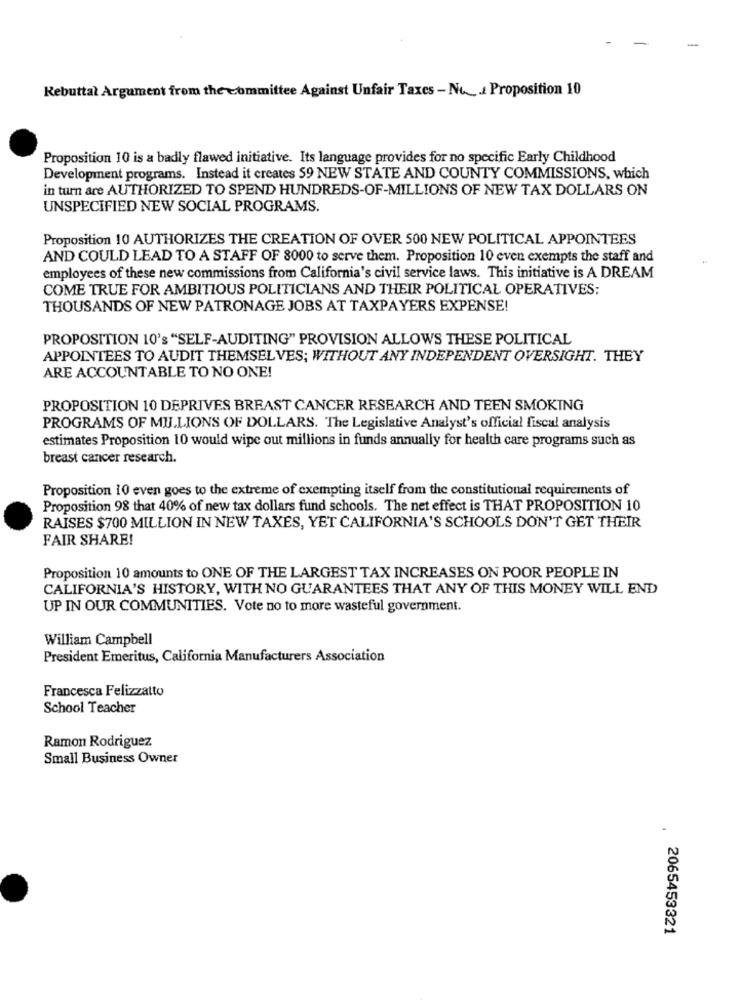
Rebuttal Argument from the committee Against Unfair Taxes - No. .. Proposition 10
Proposition 10 is a badly flawed initiative. Its language provides for no specific Early Childhood
Development programs. Instead it creates 59 NEW STATE AND COUNTY COMMISSIONS, which
in turn are AUTHORIZED TO SPEND HUNDREDS-OF-MILLIONS OF NEW TAX DOLLARS ON
UNSPECIFIED NEW SOCIAL PROGRAMS.
Proposition 10 AUTHORIZES THE CREATION OF OVER 500 NEW POLITICAL APPOINTEES
AND COULD LEAD TO A STAFF OF 8000 to serve them. Proposition 10 even exempts the staff and
employees of these new commissions from California's civil service laws. This initiative is A DREAM
COME TRUE FOR AMBITIOUS POLITICIANS AND THEIR POLITICAL OPERATIVES:
THOUSANDS OF NEW PATRONAGE JOBS AT TAXPAYERS EXPENSE!
PROPOSITION 10's "SELF-AUDITING" PROVISION ALLOWS THESE POLITICAL
APPOINTEES TO AUDIT THEMSELVES; WITHOUT ANY INDEPENDENT OVERSIGHT. THEY
ARE ACCOUNTABLE TO NO ONE!
PROPOSITION 10 DEPRIVES BREAST CANCER RESEARCH AND TEEN SMOKING
PROGRAMS OF MILLIONS OF DOLLARS. The Legislative Analyst's official fiscal analysis
estimates Proposition 10 would wipe out millions in funds annually for health care programs such as
breast cancer research.
Proposition 10 even goes to the extreme of exempting itself from the constitutional requirements of
Proposition 98 that 40% of new tax dollars fund schools. The net effect is THAT PROPOSITION 10
RAISES $700 MILLION IN NEW TAXES, YET CALIFORNIA'S SCHOOLS DON'T GET THEIR
FAIR SHARE!
Proposition 10 amounts to ONE OF THE LARGEST TAX INCREASES ON POOR PEOPLE IN
CALIFORNIA'S HISTORY, WITH NO GUARANTEES THAT ANY OF THIS MONEY WILL END
UP IN OUR COMMUNITIES. Vote no to more wasteful government.
William Campbell
President Emeritus, California Manufacturers Association
Francesca Felizzatto
School Teacher
Ramon Rodriguez
Small Business Owner
-
2065453321